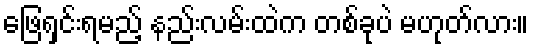
ဖြေရှင်းရမည့် နည်းလမ်းထဲက တစ်ခုပဲ မဟုတ်လား။